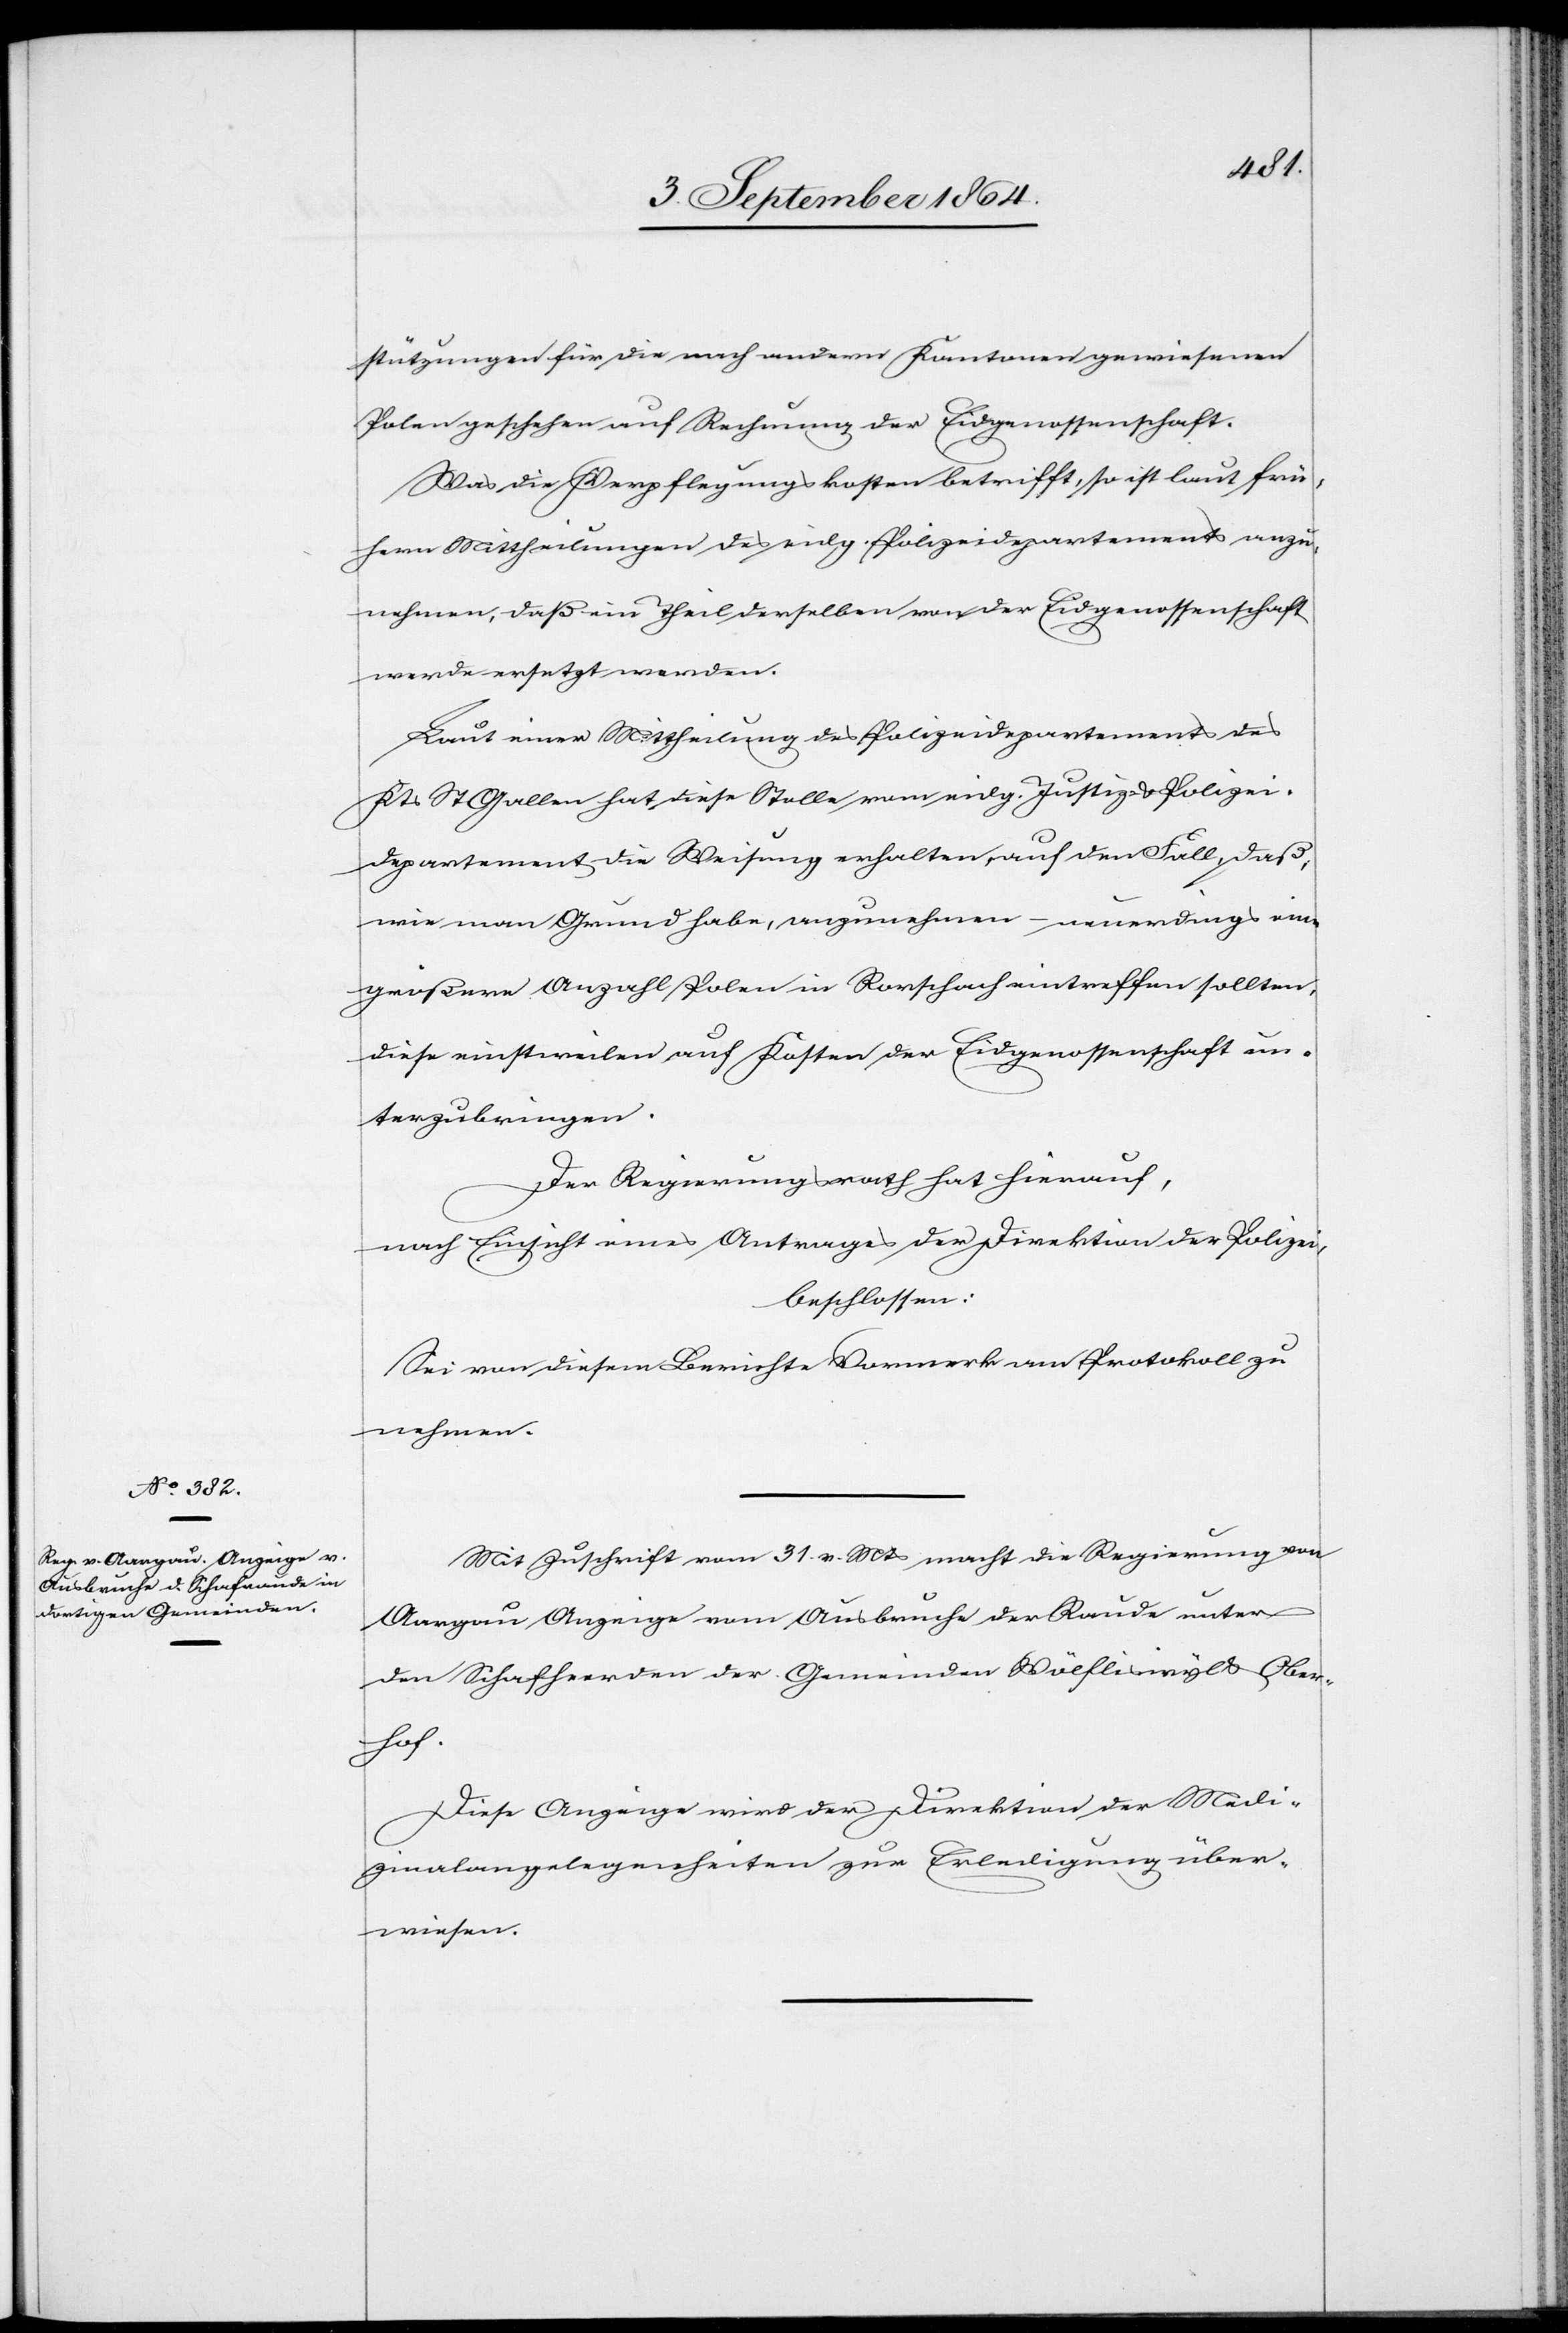
stützungen für die nach andern Kantonen gewiesenen
Polen geschehen auf Rechnung der Eidgenossenschaft.
Was die Verpflegungskosten betrifft, so ist laut frü¬
hern Mittheilungen des eidg. Polizeidepartements anzu¬
nehmen, daß ein Theil derselben von der Eidgenossenschaft
werde ersetzt werden.
Laut der Mittheilung des Polizeidepartements des
Kts. St. Gallen hat diese Stelle vom eidg. Justiz- & Polizei¬
departement die Weisung erhalten, auf den Fall, daß,
wie man Grund habe, anzunehmen – neuerdings eine
größere Anzahl Polen in Rorschach eintreffen sollten,
diese einstweilen auf Kosten der Eidgenossenschaft un¬
terzubringen.
Der Regierungsrath hat hierauf,
nach Einsicht eines Antrages der Direktion der Polizei,
beschlossen:
Sei von diesem Berichte Vormerk am Protokoll zu
nehmen.
Mit Zuschrift vom 31. v. Mts macht die Regierung von
Aargau Anzeige vom Ausbruche der Raude unter
den Schafherden der Gemeinden Wölfliswyl & Ober¬
hof.
Diese Anzeige wird der Direktion der Medi¬
zinalangelegenheiten zur Erledigung über¬
wiesen.